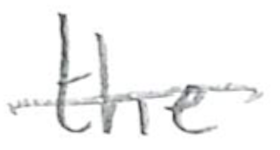
Text: the
Cross-out: single-line
Writing tool: pencil